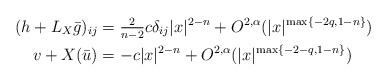
\begin{align*}(h + L_X\bar g)_{ij} &= \tfrac{2}{n-2} c\delta _{ij} |x|^{2-n} + O^{2,\alpha}(|x|^{\max\{-2q, 1-n \}})\\v + X(\bar u) &= -c |x|^{2-n} + O^{2,\alpha}(|x|^{\max\{-2-q, 1-n \}})\end{align*}